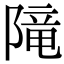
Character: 𨻫